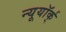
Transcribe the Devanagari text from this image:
न्यूयॉर्क्